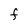
Character: F